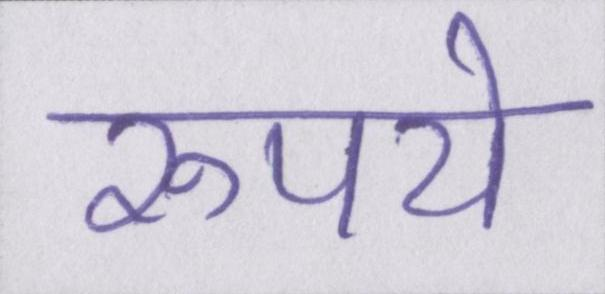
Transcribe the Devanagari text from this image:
रुपये